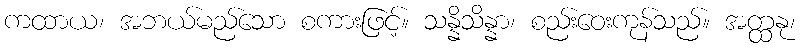
ကထာယ၊ အဘယ်မည်သော စကားဖြင့်။ သန္နိသိန္နာ၊ စည်းဝေးကုန်သည်။ အတ္ထနု၊